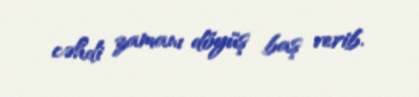
cəhdi zamanı döyüş baş verib.